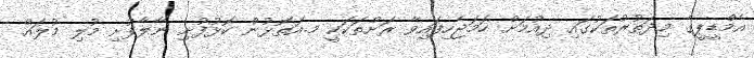
އެމްޑީޕީގެ މިދަތުރުތަކުގައި ދިއުމަށް ހަމަޖެހިފައިވާ ރަށްތަކަކީ މ.އަތޮޅުން ކޮޅުފުށި ނާލާފުށި މުލި މުލައް